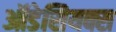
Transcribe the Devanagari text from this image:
ऑडेसियक्स